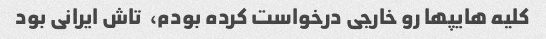
کلیه هایپها رو خارجی درخواست کرده بودم،  تاش ایرانی بود